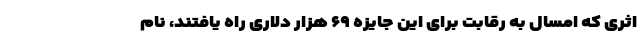
اثری که امسال به رقابت برای این جایزه ۶۹ هزار دلاری راه یافتند، نام